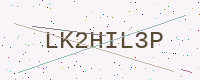
Text: LK2HIL3P